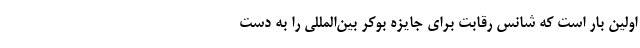
اولین بار است که شانس رقابت برای جایزه بوکر بین‌المللی را به دست